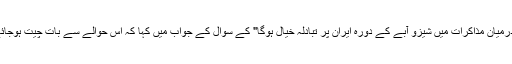
انہوں نے "کیا جاپانی وزیر اعظم اور امریکی صدر کے درمیان مذاکرات میں شیزو آبے کے دورہ ایران پر تبادلہ خیال ہوگا" کے سوال کے جواب میں کہا کہ اس حوالے سے بات چیت ہوجائے یا نہ ہوجائے مذاکرات کے موضوعات پر منسلک ہے۔